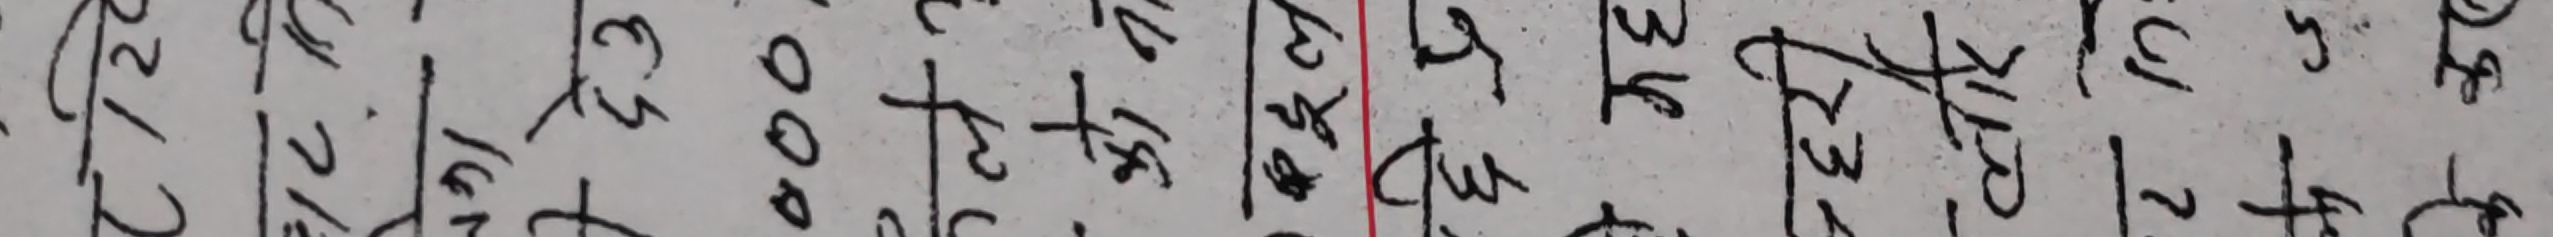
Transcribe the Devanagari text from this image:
२२२ १६२ ३५० ४३० ४४० ४५० ४५० ५३० ५३० ५७० ६२०